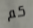
كم